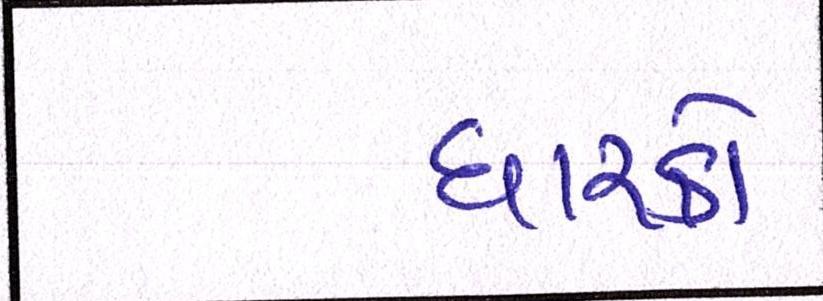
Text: ધારકો